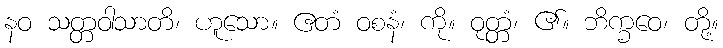
နဝ သတ္တဝါသာတိ၊ ဟူသော။ ဧတံ ဝစနံ၊ ကို။ ဝုတ္တံ၊ ၏။ ဘိက္ခဝေ၊ တို့။